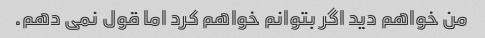
من خواهم دید اگر بتوانم خواهم کرد اما قول نمی دهم.